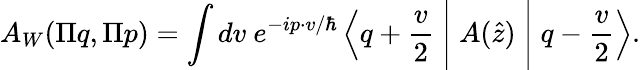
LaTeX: A_{W}(\Pi q,\Pi p)=\int dv~e^{-ip\cdot v/\hbar}\left\langle q+\frac{v}{2}\Biggm|A(\hat{z})\Biggm|q-\frac{v}{2}\right\rangle.